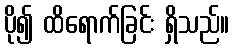
ပို၍ ထိရောက်ခြင်း ရှိသည်။